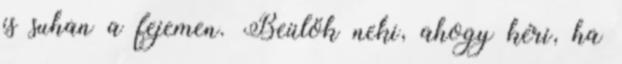
is suhan a fejemen. Beülök neki, ahogy kéri, ha